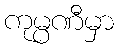
ကုမ္ပဏီမှာ